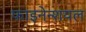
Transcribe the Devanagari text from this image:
फाइनेन्शयल